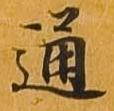
通